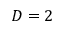
D = 2